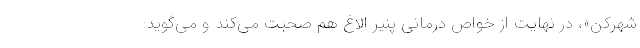
شهرکن»، در نهایت از خواص درمانی پنیر الاغ هم صحبت می‌کند و می‌گوید: